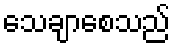
သေချာစေသည်